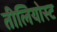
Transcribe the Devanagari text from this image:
तीलियोस्ट